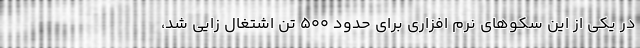
در یکی از این سکوهای نرم افزاری برای حدود ۵۰۰ تَن اشتغال زایی شد،